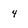
Character: 4